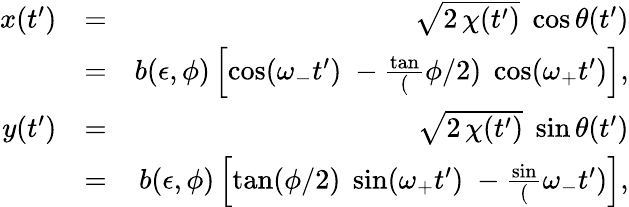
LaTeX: \begin{array}{rlr}{x(t^{\prime})}&{=}&{\sqrt{2\, \chi(t^{\prime})}\; \cos\theta(t^{\prime})}\\ &{=}&{b(\epsilon,\phi)\left[\cos(\omega_{-}t^{\prime})\; -\frac\tan(\phi/2)\; \cos(\omega_{+}t^{\prime})\right],}\\ {y(t^{\prime})}&{=}&{\sqrt{2\, \chi(t^{\prime})}\; \sin\theta(t^{\prime})}\\ &{=}&{b(\epsilon,\phi)\left[\tan(\phi/2)\; \sin(\omega_{+}t^{\prime})\; -\frac\sin(\omega_{-}t^{\prime})\right],}\end{array}